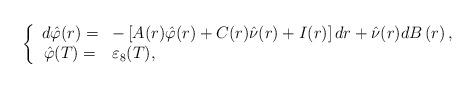
LaTeX: \begin{align*}\left\{\begin{array}[c]{cl}d\hat{\varphi}(r)= & -\left[ A(r)\hat{\varphi}(r)+C(r)\hat{\nu}(r)+I(r)\right] dr+\hat{\nu}(r)dB\left( r\right) ,\\\hat{\varphi}(T)= & \varepsilon_{8}(T),\end{array}\right.\end{align*}